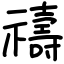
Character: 禱